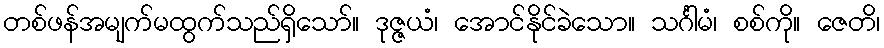
တစ်ဖန်အမျက်မထွက်သည်ရှိသော်။ ဒုဇ္ဇယံ၊ အောင်နိုင်ခဲသော။ သင်္ဂါမံ၊ စစ်ကို။ ဇေတိ၊